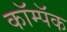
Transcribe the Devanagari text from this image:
कॉम्पॅक